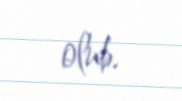
olub.